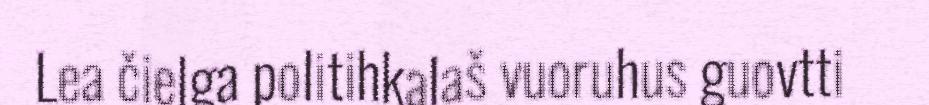
Lea čielga politihkalaš vuoruhus guovtti